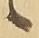
候